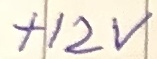
Text: +12V